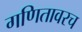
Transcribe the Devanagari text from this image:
गणितावरच